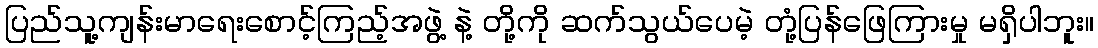
ပြည်သူ့ကျန်းမာရေးစောင့်ကြည့်အဖွဲ့ နဲ့ တို့ကို ဆက်သွယ်ပေမဲ့ တုံ့ပြန်ဖြေကြားမှု မရှိပါဘူး။